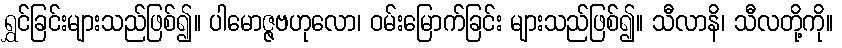
ရွှင်ခြင်းများသည်ဖြစ်၍။ ပါမောဇ္ဇဗဟုလော၊ ဝမ်းမြောက်ခြင်း များသည်ဖြစ်၍။ သီလာနိ၊ သီလတို့ကို။